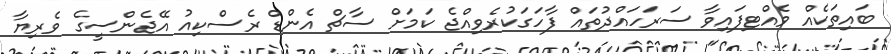
ބައިތަކެއް ވެއްޓިފައިވާ ސަރަހައްދުތައް ފާހަގަކުރެވިއްޖެ ކަމަށް ސާޗް އެންޑް ރެސްކިއު އޭޖެންސީގެ ވެރިޔާ